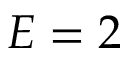
E = 2